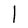
Character: l